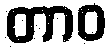
တာဝ